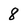
Character: 8